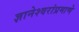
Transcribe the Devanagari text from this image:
ज्ञानेश्वरांप्रमाणे